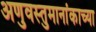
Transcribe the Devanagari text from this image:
अणुवस्तुमानांकाच्या